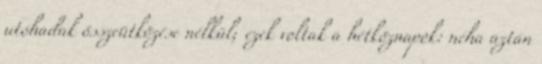
utóhadak összeütközése nélkül; ezek voltak a hétköznapok: néha aztán